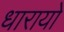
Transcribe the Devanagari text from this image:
धारायो